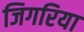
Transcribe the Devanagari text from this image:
जिगरिया